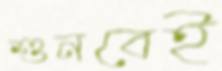
শুনবেই